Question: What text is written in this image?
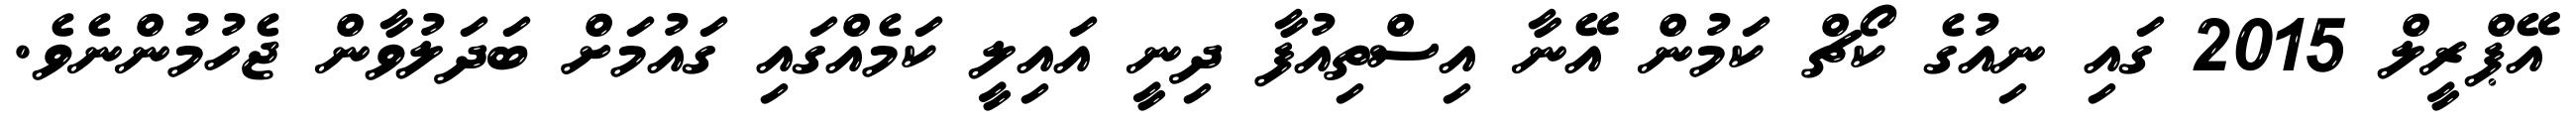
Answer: އޭޕްރީލް 2015 ގައި ނިއުގެ ކޯޗް ކަމުން އޭނާ އިސްތިއުފާ ދިނީ އައިލީ ކަމެއްގައި ގައުމަށް ބަދަލުވާން ޖެހުމުންނެވެ.